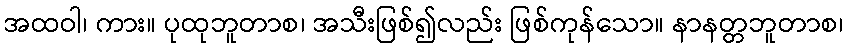
အထဝါ၊ ကား။ ပုထုဘူတာစ၊ အသီးဖြစ်၍လည်း ဖြစ်ကုန်သော။ နာနတ္တဘူတာစ၊